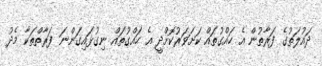
ދައުލަތުގެ ފަރާތުން އެ ހައްގުތައް ކަށަވަރުކޮށްދީ އެ ހައްގުތައް ނިގުޅައިގަންނަ ފަރާތްތަކާ މެދު